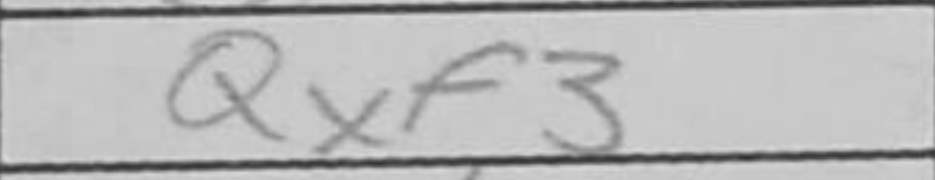
Transcription: Qxf3